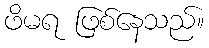
ဖိမရ ဖြစ်နေသည်။